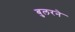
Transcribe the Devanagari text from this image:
बुलरने